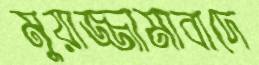
মুয়াজ্জামাবাদে